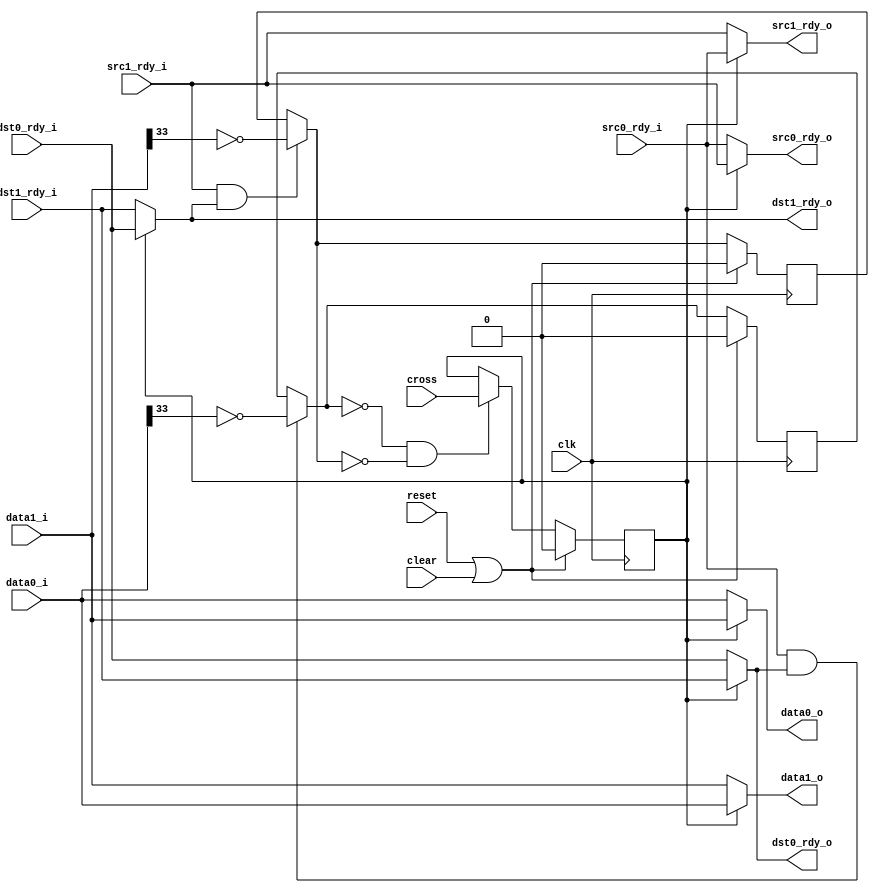
module crossbar36
  (input clk, input reset, input clear,
   input cross,
   input [35:0] data0_i, input src0_rdy_i, output dst0_rdy_o,
   input [35:0] data1_i, input src1_rdy_i, output dst1_rdy_o,
   output [35:0] data0_o, output src0_rdy_o, input dst0_rdy_i,
   output [35:0] data1_o, output src1_rdy_o, input dst1_rdy_i);

   reg 		 cross_int, active0, active1;
   wire active0_next = (src0_rdy_i & dst0_rdy_o)? ~data0_i[33] : active0;
   wire active1_next = (src1_rdy_i & dst1_rdy_o)? ~data1_i[33] : active1;

   assign data0_o = cross_int ? data1_i : data0_i;
   assign data1_o = cross_int ? data0_i : data1_i;

   assign src0_rdy_o = cross_int ? src1_rdy_i : src0_rdy_i;
   assign src1_rdy_o = cross_int ? src0_rdy_i : src1_rdy_i;

   assign dst0_rdy_o = cross_int ? dst1_rdy_i : dst0_rdy_i;
   assign dst1_rdy_o = cross_int ? dst0_rdy_i : dst1_rdy_i;
   
   always @(posedge clk)
     if(reset | clear)
       active0 <= 0;
     else
       active0 <= active0_next;
   
   always @(posedge clk)
     if(reset | clear)
       active1 <= 0;
     else
       active1 <= active1_next;

   always @(posedge clk)
     if(reset | clear)
       cross_int <= 0;
     else if(~active0_next & ~active1_next)
       cross_int <= cross;
   
endmodule